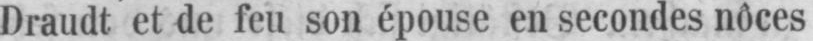
Draudt et de feu son épouse en secondes nôces